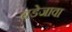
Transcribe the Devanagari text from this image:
बडेजावा